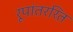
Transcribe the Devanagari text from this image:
रूपांतररित